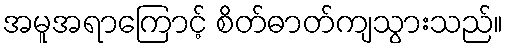
အမူအရာကြောင့် စိတ်ဓာတ်ကျသွားသည်။